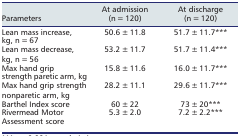
<table><thead><tr><td><b>Parameters</b></td><td><b>At admission (n = 120)</b></td><td><b>At discharge (n = 120)</b></td></tr></thead><tbody><tr><td>Lean mass increase, kg, n = 67</td><td>50.6 ± 11.8</td><td>51.7 ± 11.7***</td></tr><tr><td>Lean mass decrease, kg, n = 56</td><td>53.2 ± 11.7</td><td>51.7 ± 11.4***</td></tr><tr><td>Max hand grip strength paretic arm, kg</td><td>15.8 ± 11.6</td><td>16.0 ± 11.7***</td></tr><tr><td>Max hand grip strength nonparetic arm, kg</td><td>28.2 ± 11.1</td><td>29.6 ± 11.7***</td></tr><tr><td>Barthel Index score</td><td>60 ± 22</td><td>73 ± 20***</td></tr><tr><td>Rivermead Motor Assessment score</td><td>5.3 ± 2.0</td><td>7.2 ± 2.2***</td></tr></tbody></table>